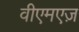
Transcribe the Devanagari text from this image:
वीएमएज़